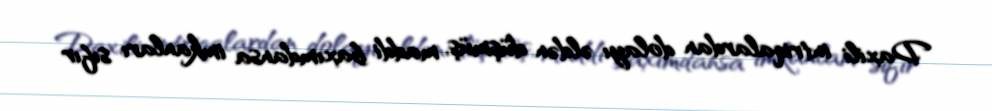
Daxili intriqalardan dolayı əldən düşmüş, maddi baxımdansa imkanları sıfır